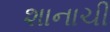
શાનાચી